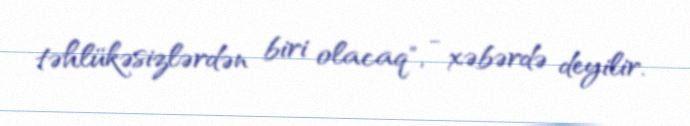
təhlükəsizlərdən biri olacaq", - xəbərdə deyilir.